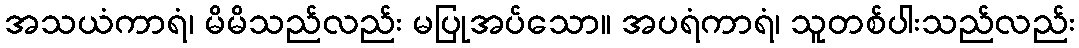
အသယံကာရံ၊ မိမိသည်လည်း မပြုအပ်သော။ အပရံကာရံ၊ သူတစ်ပါးသည်လည်း